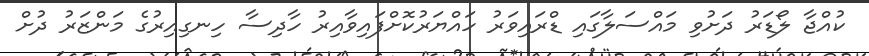
ކުއްޖާ ލޯޑަރު ދަށުވި މައްސަލާގައި ޑްރައިވަރު ހައްޔަރުކޮށްފައިވާއިރު ހާދިސާ ހިނގިއިރުގެ މަންޒަރު ދުށް